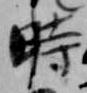
時